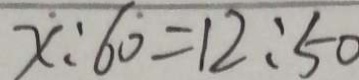
x : 6 0 = 1 2 : 5 0